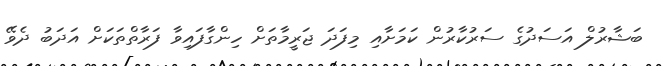
ބަޝާރުލް އަސަދުގެ ސަރުކާރުން ކަމަށާއި މިފަދަ ޖަރީމާތަށް ހިންގާފައިވާ ފަރާތްތަކަށް އަދަބު ދެވޭ